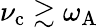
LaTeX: \nu_{\mathrm{c}}\gtrsim\omega_{\mathrm{A}}